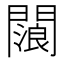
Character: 𨶗